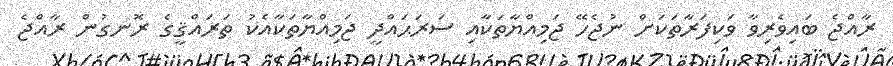
ރާއްޖެ ބައިވެރިވާ ވަކިފަރާތަކަށް ނުޖެހޭ ޖަމިއްޔާތަކާއި ސަރަޙައްދީ ޖަމިއްޔާތަކާއެކު ތަރައްޤީގެ ރޮނގުން ރާއްޖެ